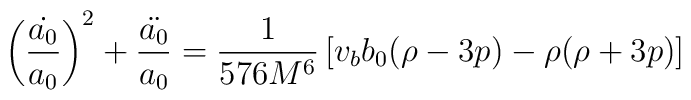
\left(\frac{\dot{a_0}}{a_0}\right)^2 + \frac{\ddot{a_0}}{a_0} =\frac{1}{576 M^6} \left[ v_b b_0 (\rho - 3 p) - \rho (\rho + 3 p) \right]